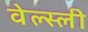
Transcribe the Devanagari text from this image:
वेल्स्ली